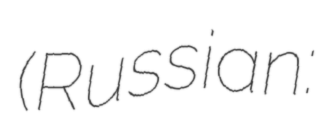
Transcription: (Russian: